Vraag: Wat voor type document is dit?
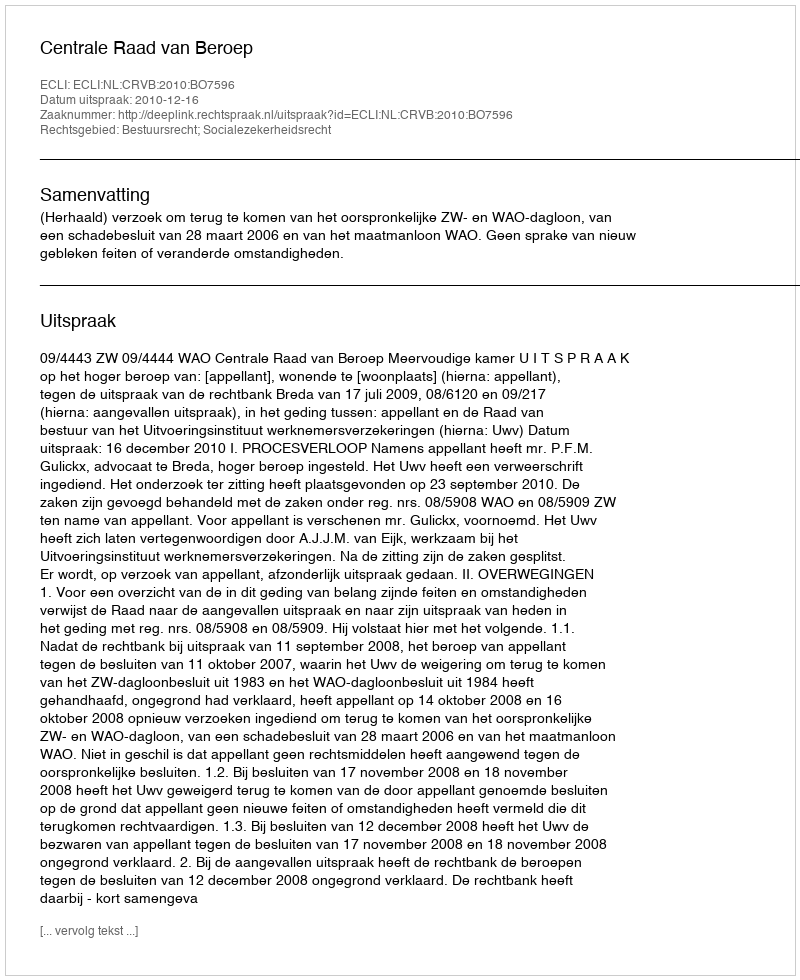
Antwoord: Uitspraak